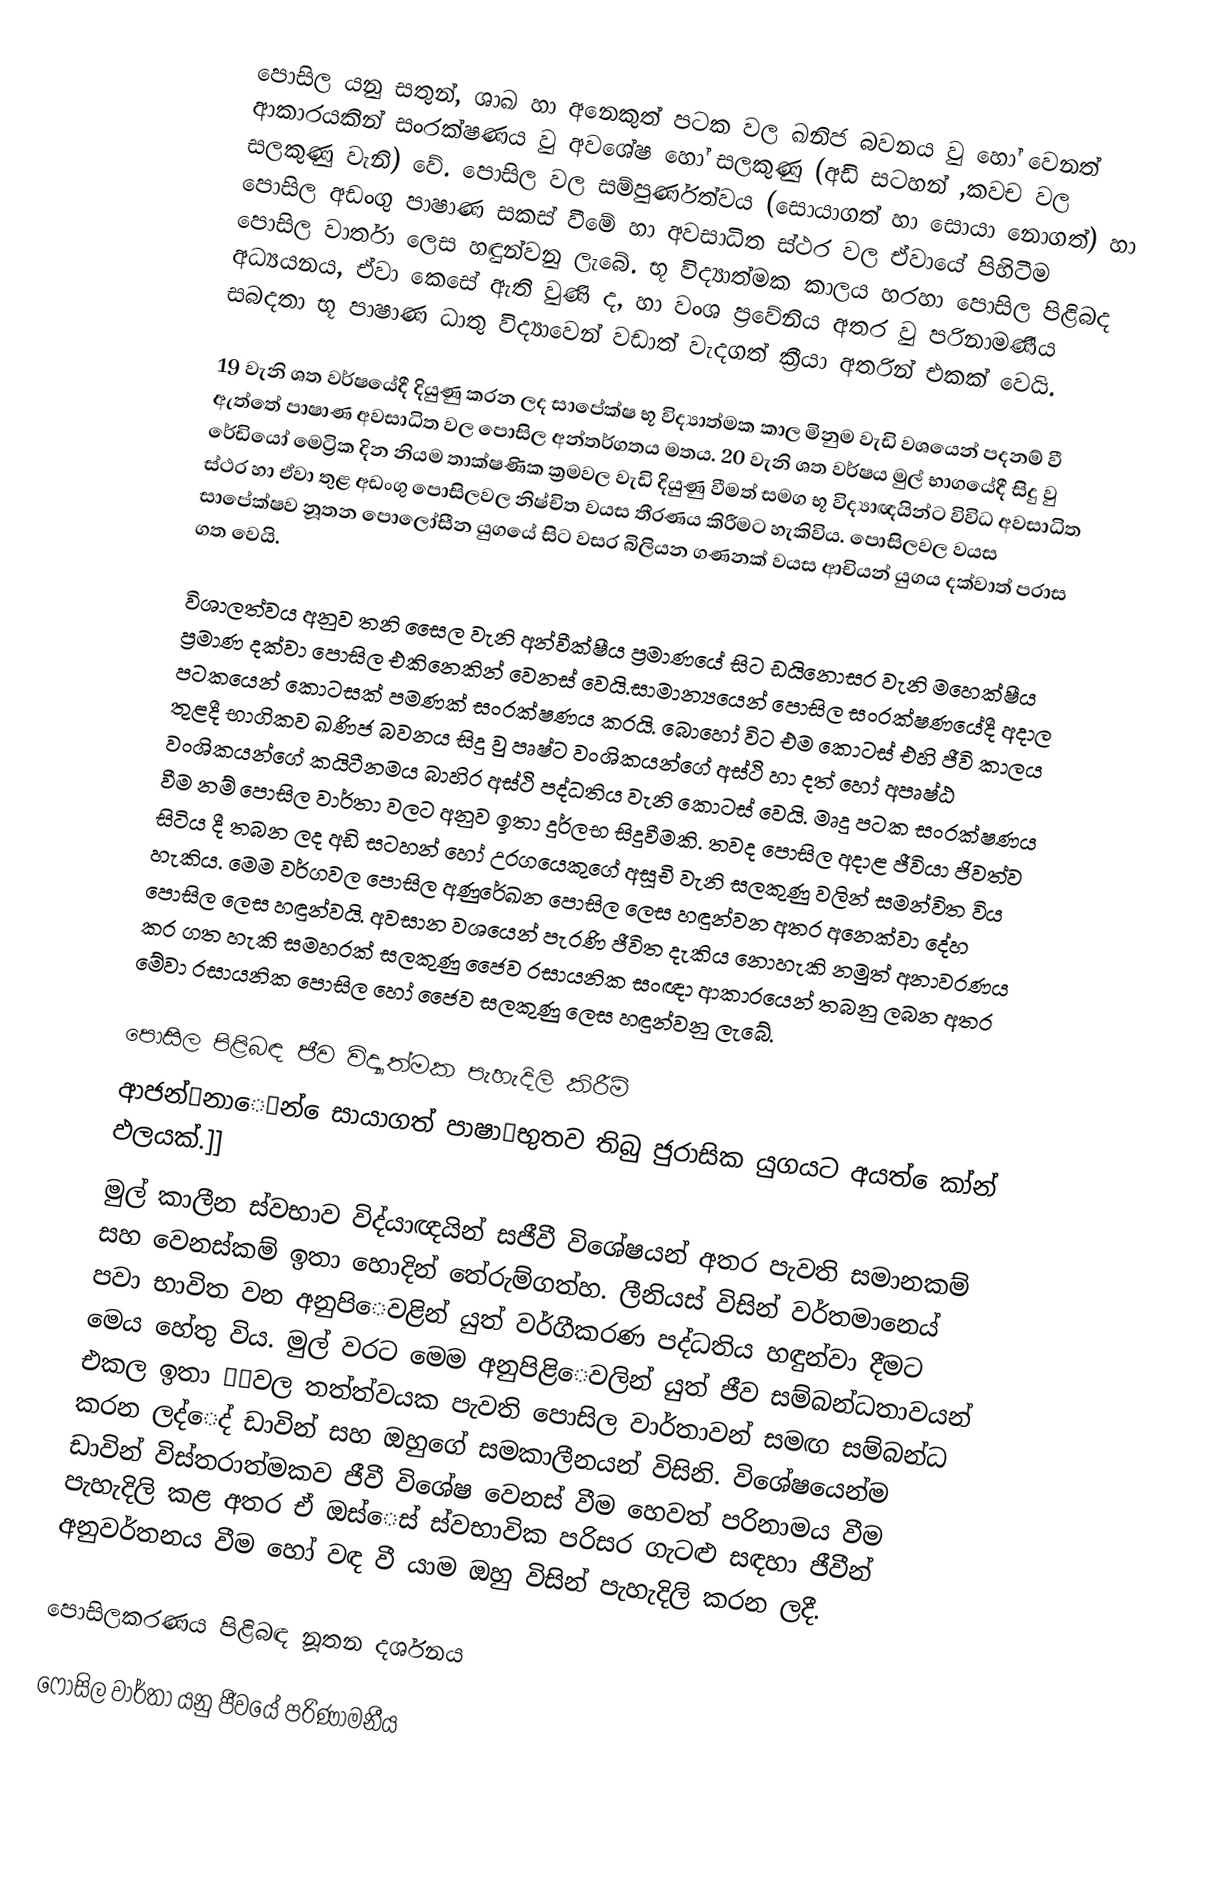
පොසිල යනු සතුන්, ශාඛ හා අනෙකුත් පටක වල ඛනිජ බවනය වු හෝ වෙනත් ආකාරයකින් සංරක්ෂණය වු අවශේෂ හෝ සලකුණු (අඩි සටහන් ,කවච වල සලකුණු වැනි) වේ. පොසිල වල සම්පුර්ණත්වය (සොයාගත් හා සොයා නොගත්) හා පොසිල අඩංගු පාෂාණ සකස් වීමේ හා අවසාධිත ස්ථර වල ඒවායේ පිහිටීම පොසිල වාර්තා ලෙස හඳුන්වනු ලැබේ. භූ විද්‍යාත්මක කාලය හරහා පොසිල පිළිබද අධ්‍යයනය, ඒවා කෙසේ ඇති වුණි ද, හා වංශ ප්‍රවේනිය අතර වු පරිනාමණීය සබදතා භූ පාෂාණ ධාතු විද්‍යාවෙන් වඩාත් වැදගත් ක්‍රීයා අතරින් එකක් වෙයි.

19 වැනි ශත වර්ෂයේදී දියුණු කරන ලද සාපේක්ෂ භූ විද්‍යාත්මක කාල මිනුම වැඩි වශයෙන් පදනම් වී ඇත්තේ පාෂාණ අවසාධිත වල පොසිල අන්තර්ගතය මතය. 20 වැනි ශත වර්ෂය මුල් භාගයේදී සිදු වු රේඩියෝ මෙට්‍රික දින නියම තාක්ෂණික ක්‍රමවල වැඩි දියුණු වීමත් සමග භූ විද්‍යාඥයින්ට විවිධ අවසාධිත ස්ථර හා ඒවා තුළ අඩංගු පොසිලවල නිෂ්චිත වයස තීරණය කිරීමට හැකිවිය. පොසිලවල වයස සාපේක්ෂව නූතන පොලෝසීන යුගයේ සිට වසර බිලියන ගණනක් වයස ආචියන් යුගය දක්වාත් පරාස ගත වෙයි.

විශාලත්වය අනුව තනි සෛල වැනි අන්වීක්ෂීය ප්‍රමාණයේ සිට ඩයිනොසර වැනි මහෙක්ෂීය ප්‍රමාණ දක්වා පොසිල එකිනෙකින් වෙනස් වෙයි.සාමාන්‍යයෙන් පොසිල සංරක්ෂණයේදී අදාල පටකයෙන් කොටසක් පමණක් සංරක්ෂණය කරයි. බොහෝ විට එම කොටස් එහි ජීවි කාලය තුළදී භාගිකව ඛණිජ බවනය සිදු වු පෘෂ්ට වංශිකයන්ගේ අස්ථි හා දත් හෝ අපෘෂ්ඨ වංශිකයන්ගේ කයිටීනමය බාහිර අස්ථි පද්ධතිය වැනි කොටස් වෙයි. මෘදු පටක සංරක්ෂණය වීම නම් පොසිල වාර්තා වලට අනුව ඉතා දුර්ලභ සිදුවීමකි. තවද පොසිල අදාළ ජීවියා ජිවත්ව සිටිය දී තබන ලද අඩි සටහන් හෝ උරගයෙකුගේ අසූචි වැනි සලකුණු වලින් සමන්විත විය හැකිය. මෙම වර්ගවල පොසිල අණුරේඛන පොසිල ලෙස හඳුන්වන අතර අනෙක්වා දේහ පොසිල ලෙස හඳුන්වයි. අවසාන වශයෙන් පැරණි ජීවිත දැකිය නොහැකි නමුත් අනාවරණය කර ගත හැකි සමහරක් සලකුණු ජෛව රසායනික සංඥා ආකාරයෙන් තබනු ලබන අතර මේවා රසායනික පොසිල හෝ ජෛව සලකුණු ලෙස හඳුන්වනු ලැබේ.

‍පොසිල පිළිබඳ ජීව විද්‍යාත්මක පැහැදිලි කිරීම්
ආජන්຃නා‍ෙ‍໵න් ‍ෙ‍සායාගත් පාෂාຒභුතව තිබු ජුරාසික යුගයට අයත් ‍ෙ‍කා්න් ඵලයක්.]]
මුල් කාලීන ස්වභාව විද්යාඥයින් සජීවී විශේෂයන් අතර පැවති සමානකම් සහ ‍වෙනස්කම් ඉතා ‍හොදින් ‍තේරුම්ගත්හ. ලීනියස් විසින් වර්තමාන‍ෙ‍ය් පවා භාවිත වන අනුපි‍ෙවළින් යුත් වර්ගීකරණ පද්ධතිය හඳුන්වා දීමට ‍මෙය ‍හේතු විය. මුල් වරට ‍මෙම අනුපිළි‍ෙවලින් යුත් ජීව සම්බන්ධතාවයන් එකල ඉතා ຺໮වල තත්ත්වයක පැවති ‍පොසිල වාර්තාවන් සමඟ සම්බන්ධ කරන ලද්‍ෙ‍ද් ඩාවින් සහ ඔහු‍ගේ සමකාලීනයන් විසිනි. විශේෂයෙන්ම ඩාවින් විස්තරාත්මකව ජීවී විශේෂ ‍වෙනස් වීම ‍හෙවත් පරිනාමය වීම පැහැදිලි කළ අතර ඒ ඔස්‍ෙ‍ස් ස්වභාවික පරිසර ගැටළු සඳහා ජීවීන් අනුවර්තනය වීම ‍හෝ වඳ වී යාම ඔහු විසින් පැහැදිලි කරන ලදී.

පොසිලකරණය පිළිබඳ නූතන දර්ශනය

ෆොසිල වාර්තා යනු ජීවයේ පරිණාමනීය